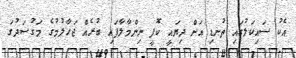
އެކު ސައިކަލުގައި ތުނޑި އަށް ދިޔައީ ކޮފީ ނިންމާލާފައި ބުރެއް ޖަހާލުމުގެ މަގުސަދުގަ